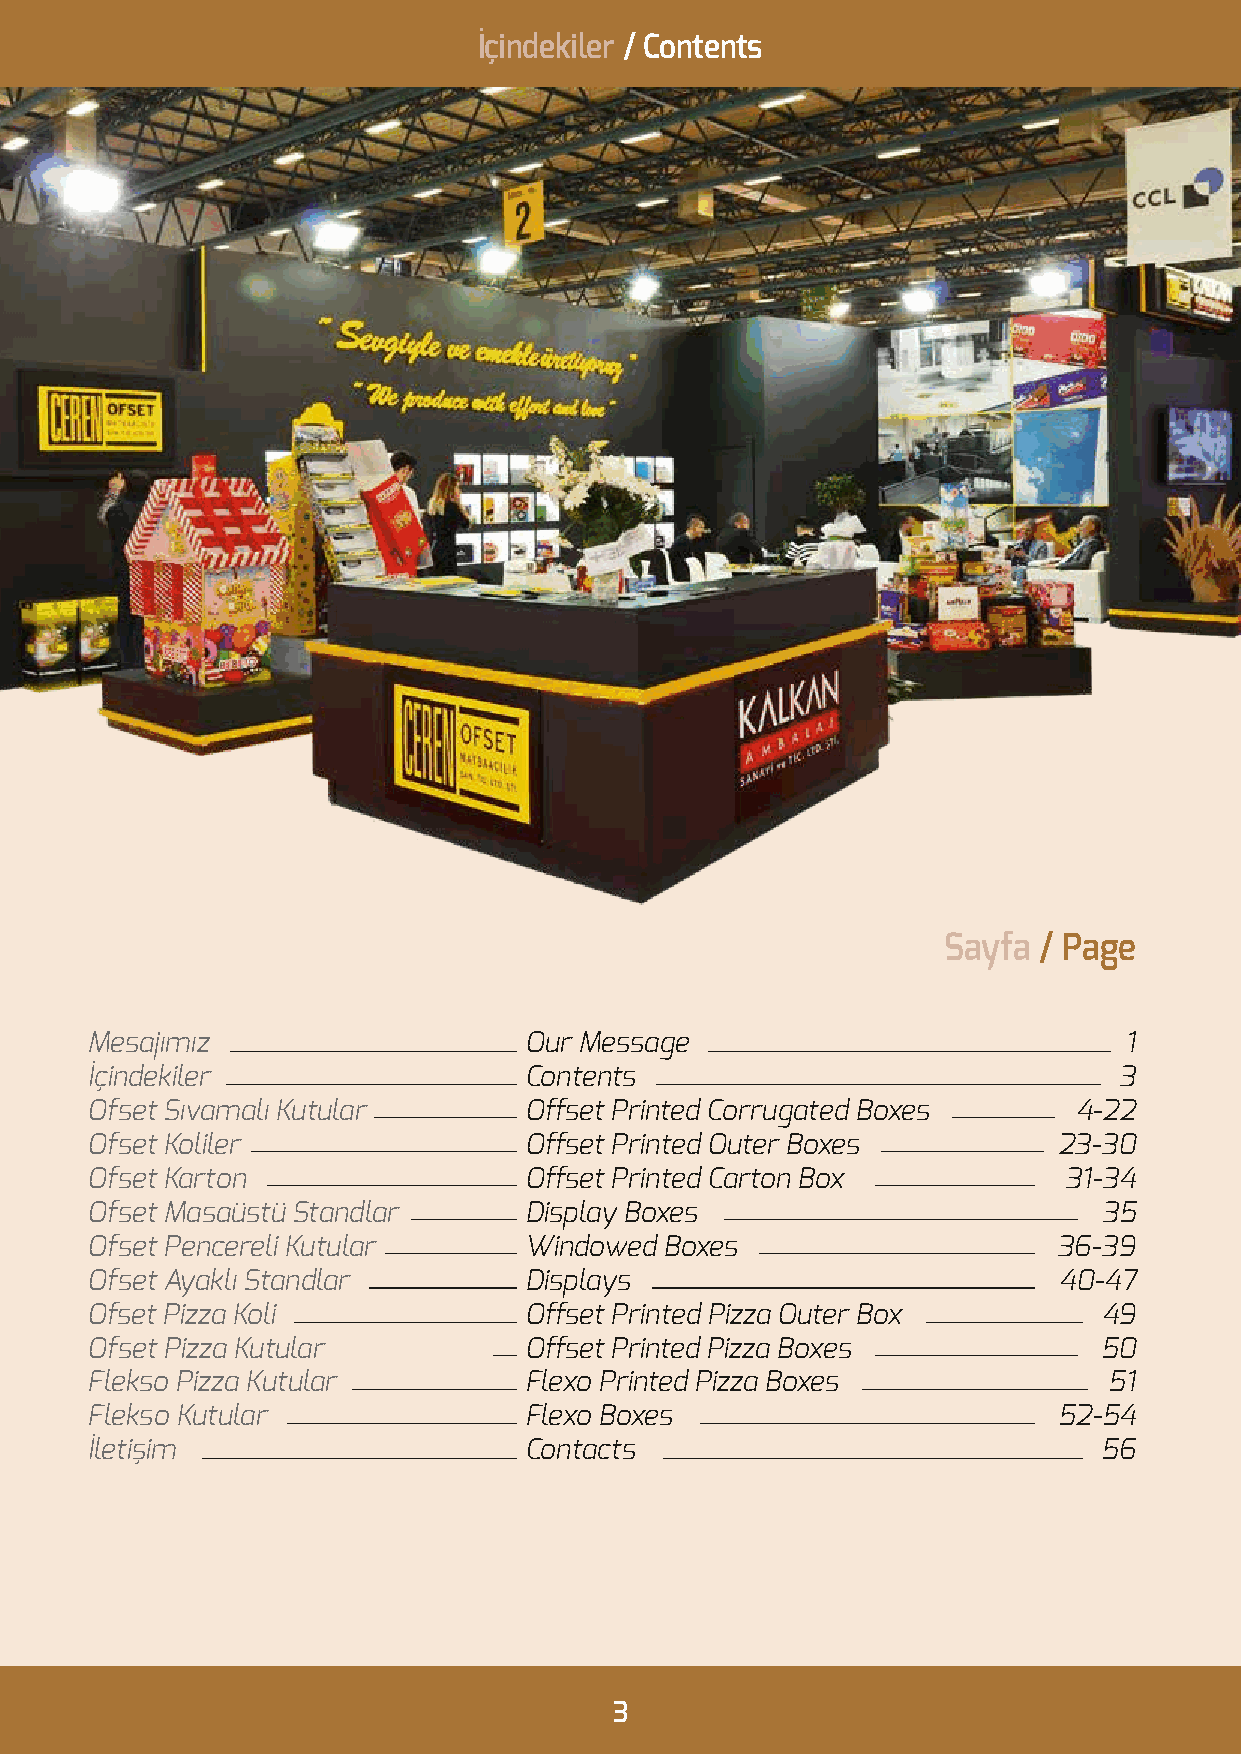
İçindekiler / Contents
 Sayfa  / Page
 Mesajımız                    Our Message                            1
 İçindekiler                  Contents                               3
 Ofset Sıvamalı Kutular       Offset Printed Corrugated Boxes     4-22
 Ofset Koliler                Offset Printed Outer Boxes         23-30
 Ofset Karton                 Offset Printed Carton Box          31-34
 Ofset Masaüstü Standlar      Display Boxes                         35
 Ofset Pencereli Kutular      Windowed Boxes                     36-39
 Ofset Ayaklı Standlar        Displays                           40-47
 Ofset Pizza Koli             Offset Printed Pizza Outer Box        49
 Ofset Pizza Kutular          Offset Printed Pizza Boxes            50
 Flekso Pizza Kutular         Flexo Printed Pizza Boxes             51
 Flekso Kutular               Flexo Boxes                        52-54
 İletişim                     Contacts                              56
 3